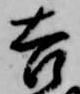
吉